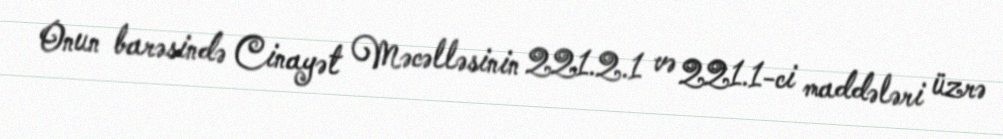
Onun barəsində Cinayət Məcəlləsinin 221.2.1 və 221.1-ci maddələri üzrə